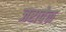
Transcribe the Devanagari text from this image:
जरावेळ